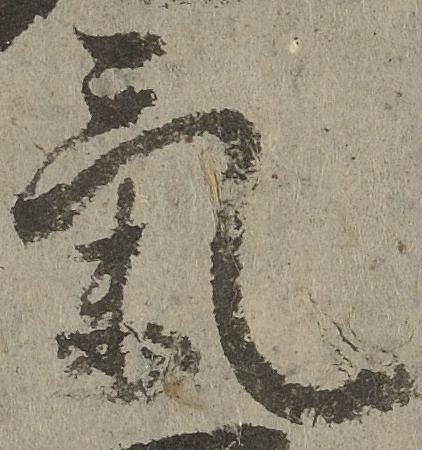
気